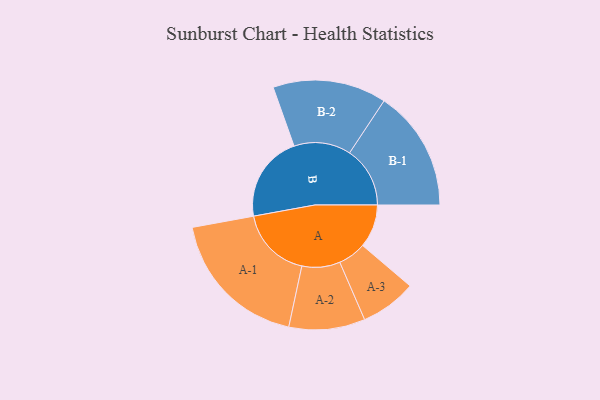
{"axis": {"x": "Segment", "y": "Value"}, "legend": ["", "A", "B"], "data": [{"x": "A", "y": 168, "type": ""}, {"x": "B", "y": 336, "type": ""}, {"x": "A-1", "y": 281, "type": "A"}, {"x": "A-2", "y": 148, "type": "A"}, {"x": "A-3", "y": 109, "type": "A"}, {"x": "B-1", "y": 235, "type": "B"}, {"x": "B-2", "y": 221, "type": "B"}]}